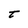
Character: t